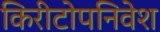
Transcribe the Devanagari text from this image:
किरीटोपनिवेश